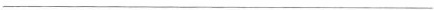
___